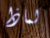
لماذا